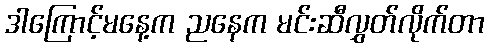
ဒါကြောင့်မနေ့က ညနေက မင်းဆီလွှတ်လိုက်တာ